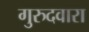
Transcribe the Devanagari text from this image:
गुरुदवारा